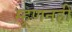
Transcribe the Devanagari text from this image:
म्हूणनही